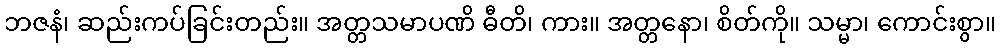
ဘဇနံ၊ ဆည်းကပ်ခြင်းတည်း။ အတ္တသမာပဏိ ဓီတိ၊ ကား။ အတ္တနော၊ စိတ်ကို။ သမ္မာ၊ ကောင်းစွာ။